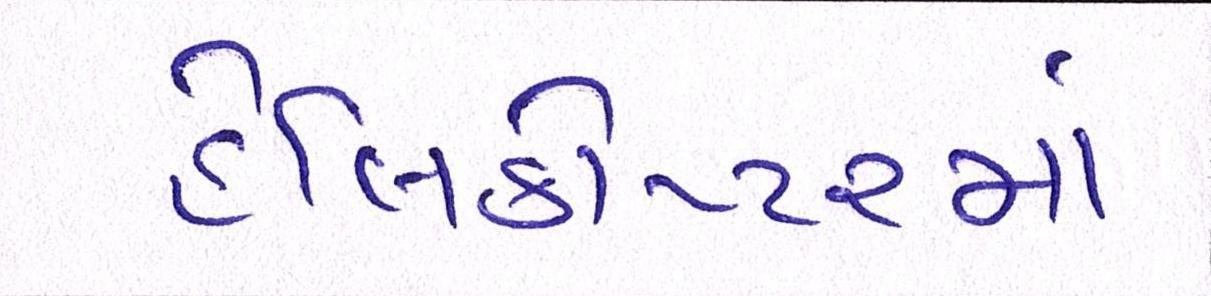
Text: હેલિકોપ્ટરમાં